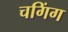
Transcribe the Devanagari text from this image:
चगिंग